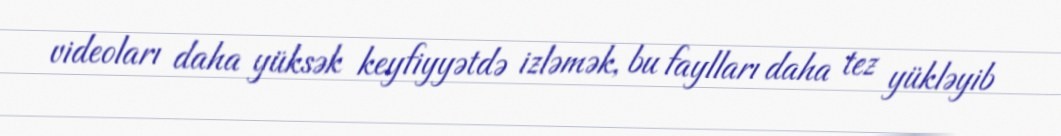
videoları daha yüksək keyfiyyətdə izləmək, bu faylları daha tez yükləyib